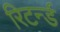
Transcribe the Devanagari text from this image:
रिटर्न्ड